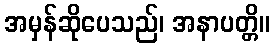
အမှန်ဆိုပေသည်၊ အနာပတ္တိ။